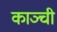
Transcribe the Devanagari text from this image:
काञ्ची